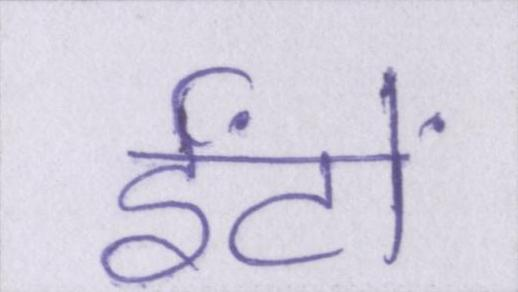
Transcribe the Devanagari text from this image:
ईंटों